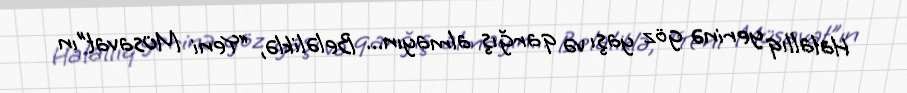
Halallıq yerinə göz yaşı və qarğış almayın... Beləliklə, “Yeni Müsavat”ın